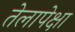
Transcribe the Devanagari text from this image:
तेलापेक्षा